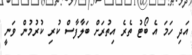
އަދި ހަމަ އެ ބޯޓު ތެރެ އިތުރަށް ބަލާފާސް ކުރި ކުރުމުން ވަނީ